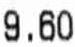
9.60